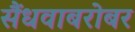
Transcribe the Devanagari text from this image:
सैंधवाबरोबर